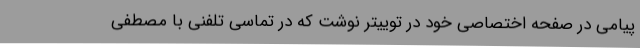
پیامی در صفحه اختصاصی خود در توییتر نوشت که در تماسی تلفنی با مصطفی